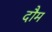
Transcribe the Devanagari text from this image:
दौम